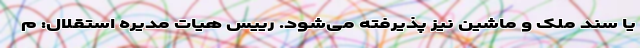
یا سند ملک و ماشین نیز پذیرفته می‌شود. رییس هیات مدیره استقلال: م